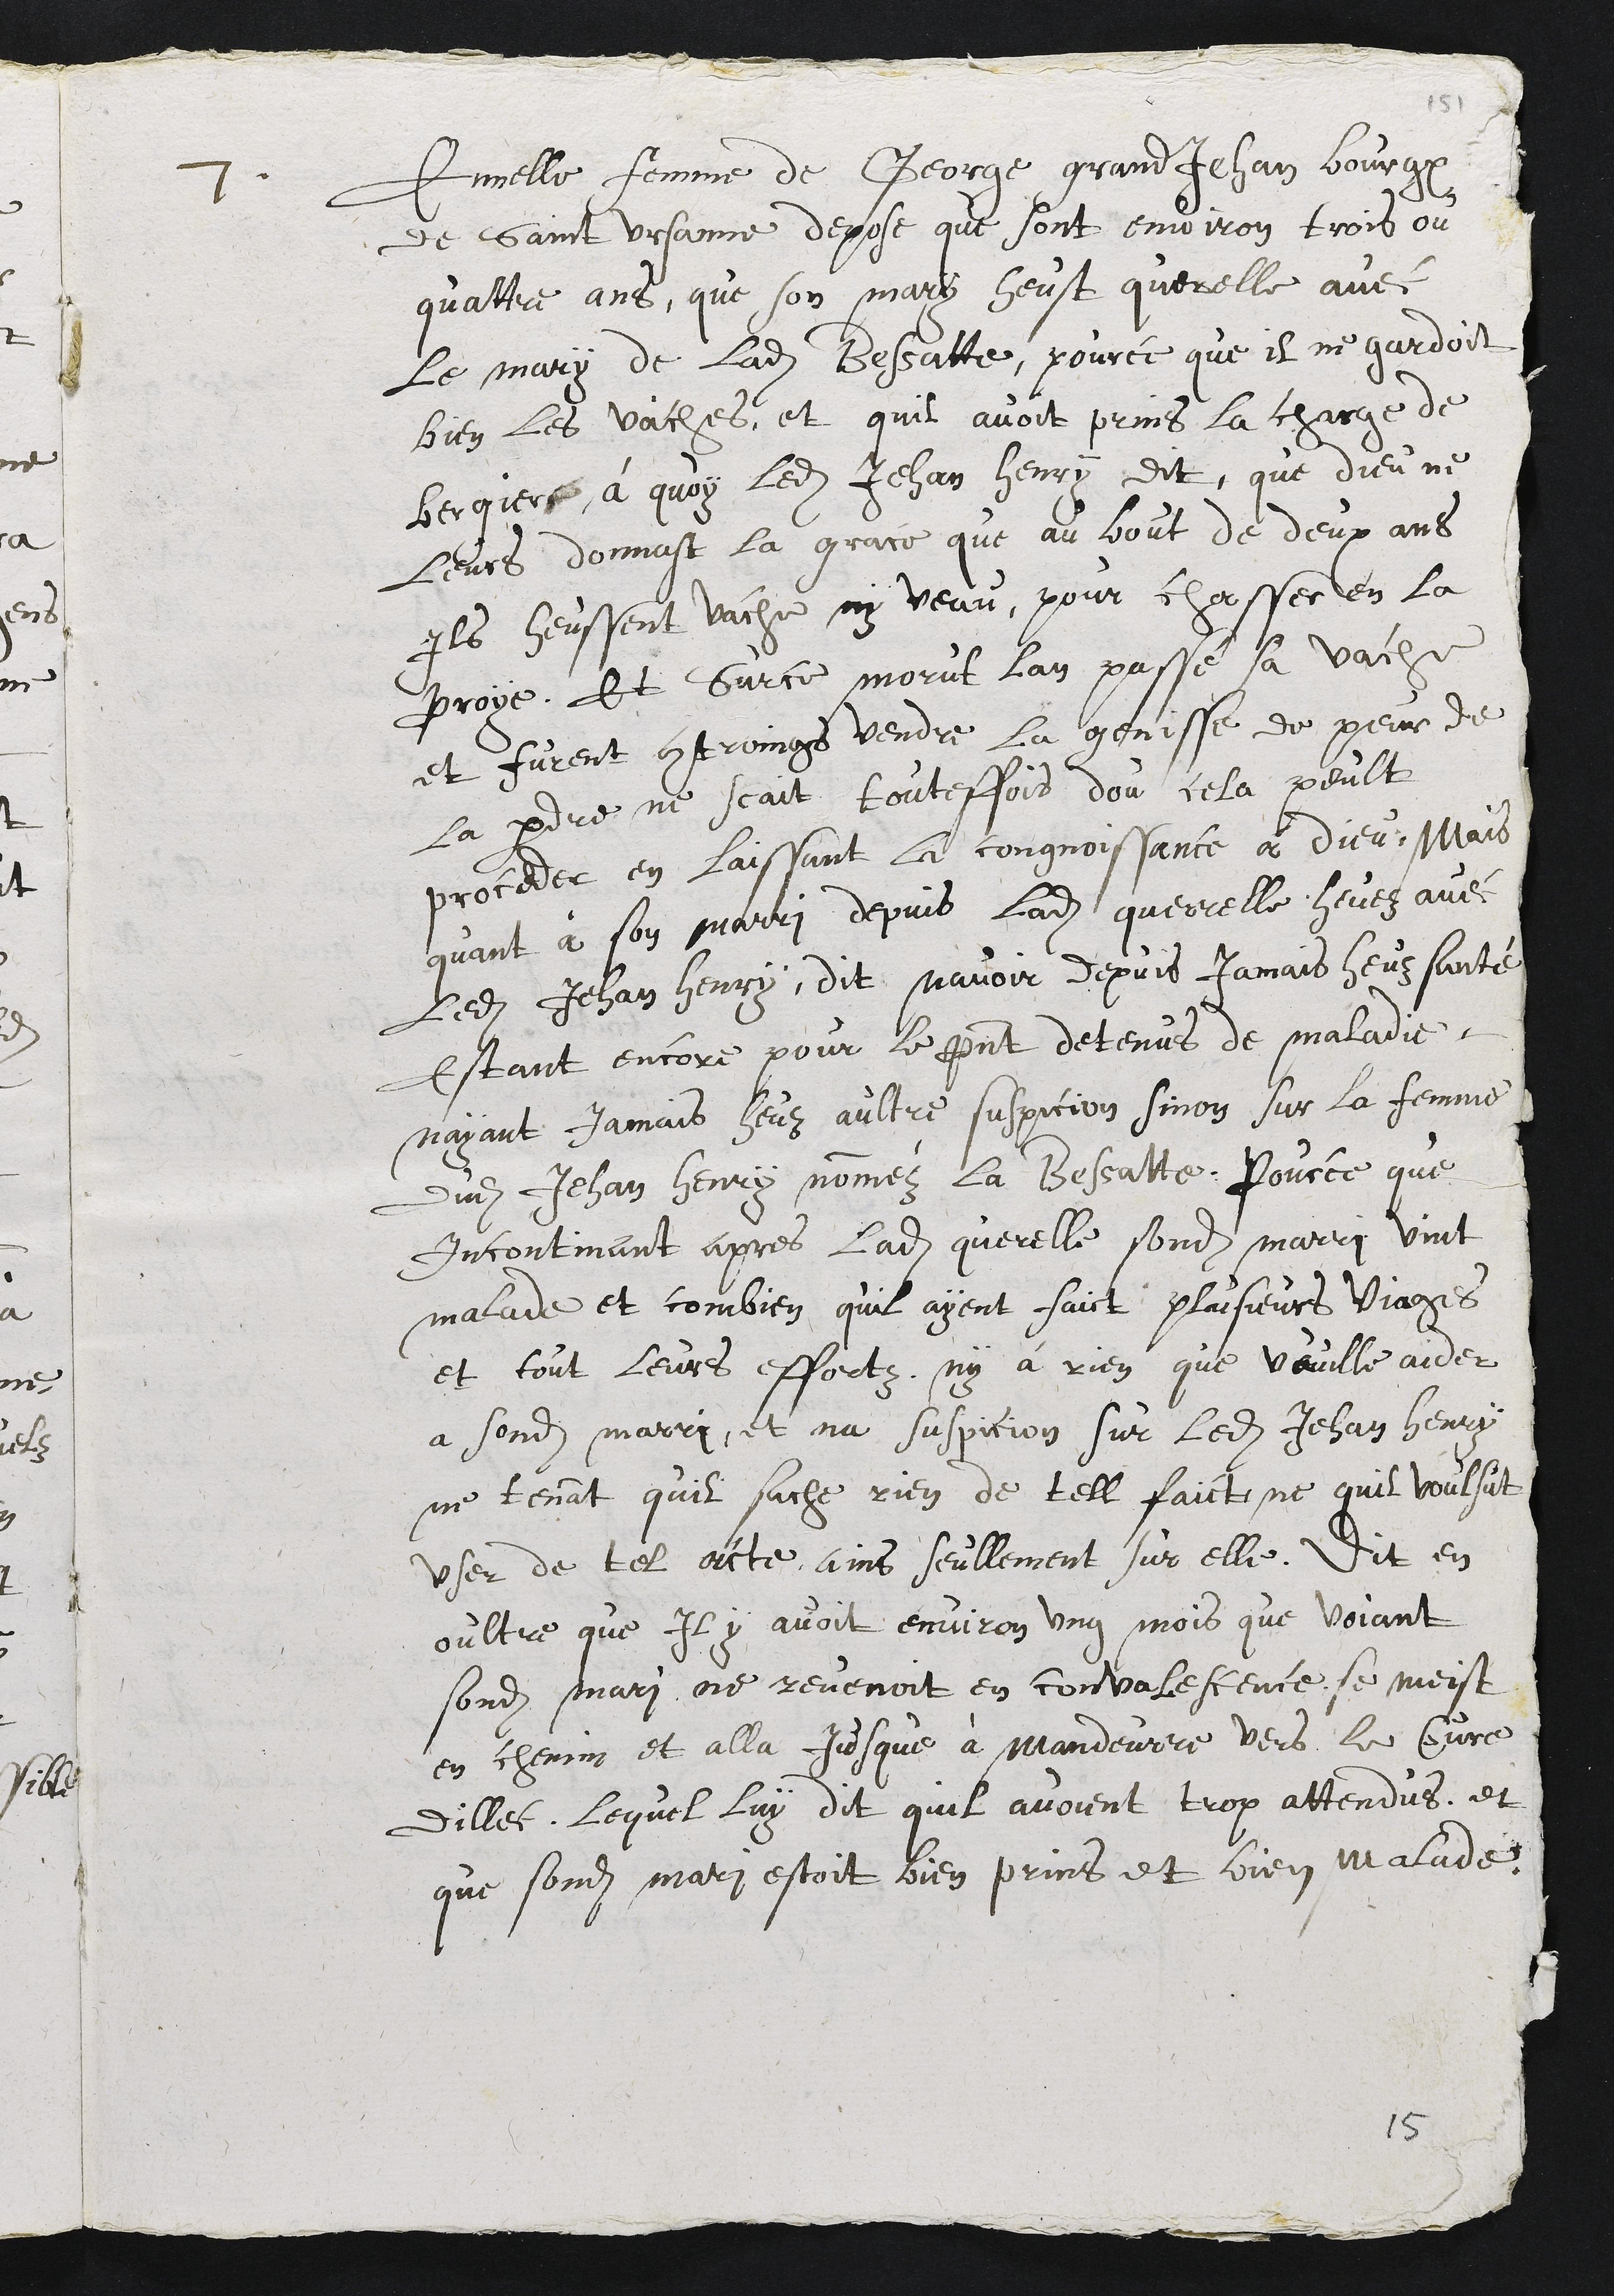
7. Annelle, femme de Georges Grandjean, bourgBois
de Saint-Ursanne, dépose que sont environ trois ou
quatre ans que son mari eut querelle avec
le mari de ladite Bessatte parce qu'il ne gardait
bien les vaches, et qu'il avait pris la charge de
berger; à quai ledit Jean Henri dit que Dieu ne
leur donna la grâce qu'au bout de deux ans
ils eussent vache ni veau pour chasser en la
Proi. Et sur ce mourut l'an passé la vache,
et furent contraints de vendre la génisse, de peur de
la perdre. Ne sait toutefois d'au cela peut
procéder, en laisse la connaissance à Dieu. Mais
quant à son mari, depuis ladite querelle eue avec
ledit Jean Henri, dit n'avoir depuis jamais eu santé,
étant encore pour le présent détenu de maladie,
n'ayant jamais eu d'autre suspicion sinon sur la femme
dudit Jean Henri, nommée la Bessatte, parce que
incontinent après ladite querelle, sondit mari devint
malade, et bien qu'ils aient fait plusieurs voyages
et -tous leurs efforts, n'y a rien qui veuille aider
à sondit mari. Et n'a suspicion sur ledit Jean Henri
ne tenant qu'il ne sache rien de tels faits, ni qu'il voulut
user de tels actes, mais seulement sur elle. Dit en
outre qu'il y avait environ un mois que voyant que
sondit nnari ne revenait en convalescence, se mit
en chemin et alla jusqu'à Mandeure, vers le curé
d'illec, iBquel lui dit qu'ils avaient trop attendu et
que sondit mari était bien pris et bien malade,